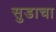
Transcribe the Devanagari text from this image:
सुडाचा